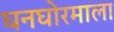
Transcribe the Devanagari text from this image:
घनघोरमाला